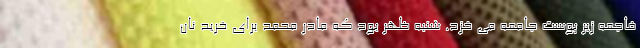
فاجعه زیر پوست جامعه می خزد. شنبه ظهر بود که مادر محمد برای خرید نان